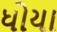
ધોયા